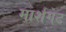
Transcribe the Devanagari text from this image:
मार्शगेट